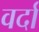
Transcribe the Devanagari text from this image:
वर्दा